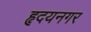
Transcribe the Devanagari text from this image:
हृदयनगर